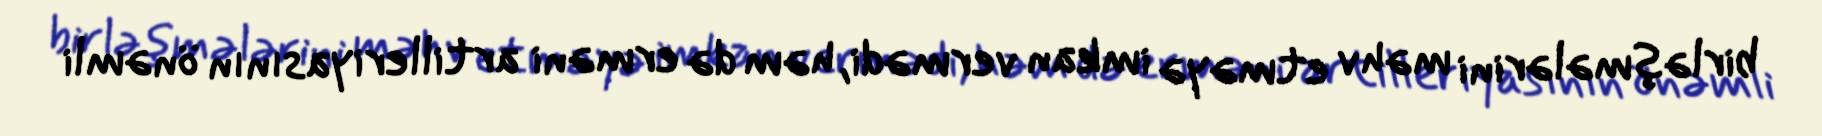
birləşmələrini məhv etməyə imkan vermədi, həm də erməni artilleriyasının önəmli